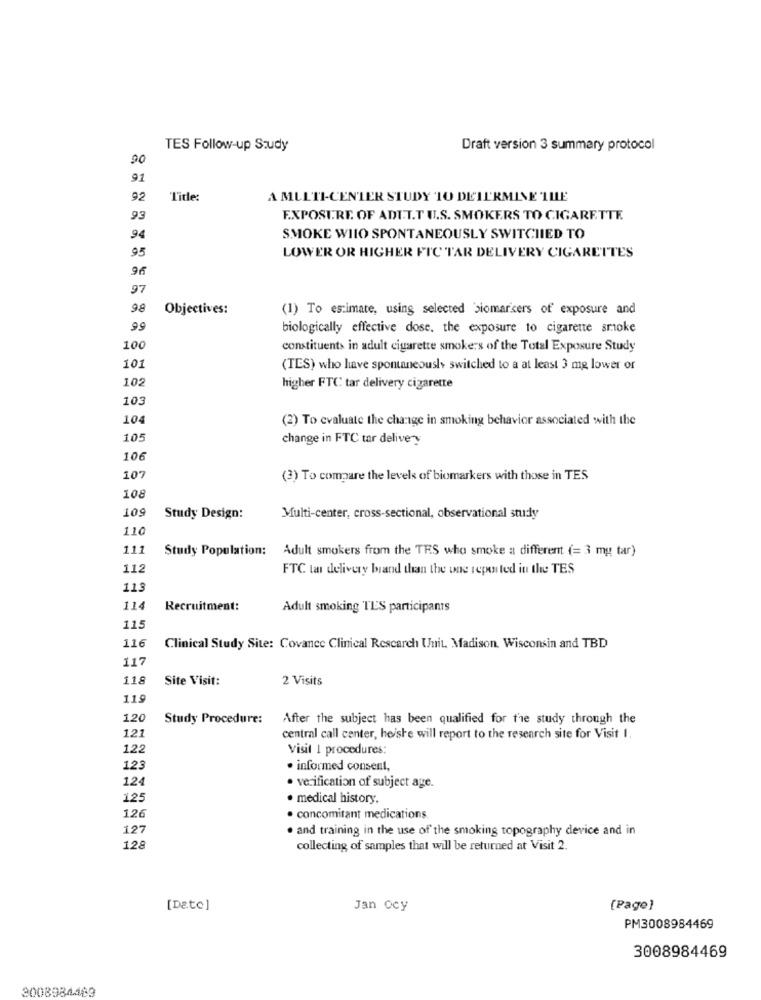
TES Follow-up Study
Draft version 3 summary protocol
90
91
92
Title:
A MULTI-CENTER STUDY TO DETERMINE THE
93
EXPOSURE OF ADIT.T U.S. SMOKERS TO CIGARETTE.
94
SMOKE WIIO SPONTANEOUSLY SWITCHED TO
95
LOWER OR HIGHER FIC TAR DELIVERY CIGARETTES
96
97
98
Objectives:
(1) To estimate, using selected biomarkers of exposure and
99
biologically effective dose, the exposure to cigarette smoke
100
constituents in adult cigarette smokers of the Total Exposure Study
101
(TES) who have spontaneously switched to a at least 3 mg lower or
102
higher FTC tar delivery cigarette
103
10
(2) To evaluate the change in smoking behavior associated with the
105
change in FTC tar delivery
106
10
(3) To compare the levels of biomarkers with those in TES
108
109
Study Design:
Multi-center, cross-sectional, observational study
110
111
Study Population: Adult smokers from the TES who smoke a different (= 3 mg tar)
112
FTC tar delivery brand than the one repen ted in the TES
113
114
Recruitment:
Adult smoking TES participants
115
116
Clinical Study Site: Covance Clinical Research Unit. Madison, Wisconsin and TBD
117
118
Site Visit:
2 Visits
119
120
Study Procedure:
After the subject has been qualified for the study through the
121
central call center, heishe will report to the research site for Visit I.
122
Visit 1 procedures:
12
· informed consent,
124
· verification of subject age.
125
· medical history.
126
· concomitant medications
127
. and training in the use of the smoking topography device and in
128
collecting of samples that will be returned at Visit 2.
[Date]
Jan ocy
[Page]
PM3008984469
3008984469
3008984463